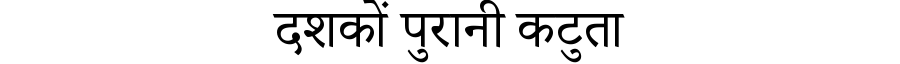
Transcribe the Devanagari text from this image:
दशकों पुरानी कटुता